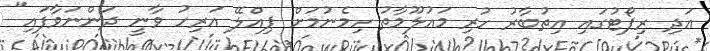
އަދި ރިޕޯޓުގައި އިތުބާރު ހުރި މައުލޫމާތު ހިމެނުމަށް ޕިއްލޭ އަރިހު ވާނީ ދަންނަވާފައި"